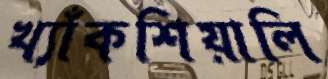
খ্যাঁকশিয়ালি